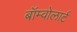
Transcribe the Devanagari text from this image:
बॉम्वोलार्ट